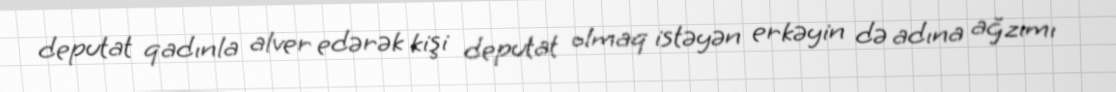
deputat qadınla alver edərək kişi deputat olmaq istəyən erkəyin də adına ağzımı